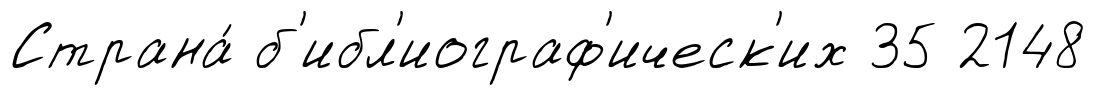
Страна́ б'ибл'иограф'ическ'их 35 2148